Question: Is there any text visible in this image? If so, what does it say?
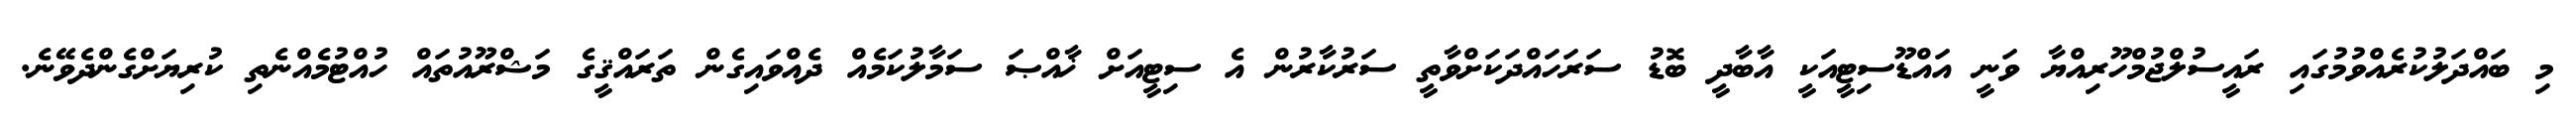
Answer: މި ބައްދަލުކުރެއްވުމުގައި ރައީސުލްޖުމްހޫރިއްޔާ ވަނީ އައްޑޫސިޓީއަކީ އާބާދީ ބޮޑު ސަރަހައްދަކަށްވާތީ ސަރުކާރުން އެ ސިޓީއަށް ޚާއްޞަ ސަމާލުކަމެއް ދެއްވައިގެން ތަރައްޤީގެ މަޝްރޫއުތައް ހުއްޓުމެއްނެތި ކުރިޔަށްގެންދެވޭނެ.